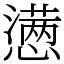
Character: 懑